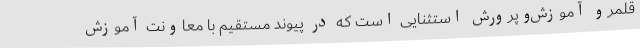
قلمرو آموزش‌وپرورش استثنایی است که در پیوند مستقیم با معاونت آموزش